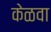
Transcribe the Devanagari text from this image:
केळवा